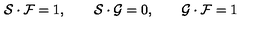
{ \cal { S } } \cdot { \cal { F } } = 1 , \qquad { \cal { S } } \cdot { \cal { G } } = 0 , \qquad { \cal { G } } \cdot { \cal { F } } = 1